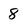
Character: 8